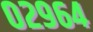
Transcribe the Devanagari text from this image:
०२९६४